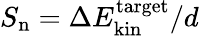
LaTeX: S_{\mathrm{n}}=\Delta E_{\mathrm{kin}}^{\mathrm{target}}/d